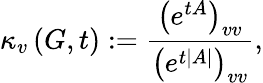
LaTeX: \kappa_{v}\left(G,t\right):=\frac{\left(e^{tA}\right)_{vv}}{\left(e^{t|A|}\right)_{vv}},